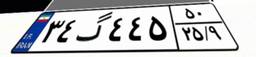
۱۴گ۲۳۳۷۳